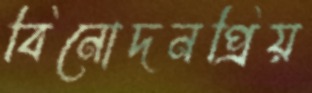
বিনোদনপ্রিয়